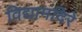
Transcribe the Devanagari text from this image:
विद्यामंदिरे